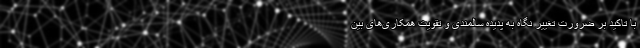
با تاکید بر ضرورت تغییر نگاه به پدیده سالمندی و تقویت همکاری‌های بین